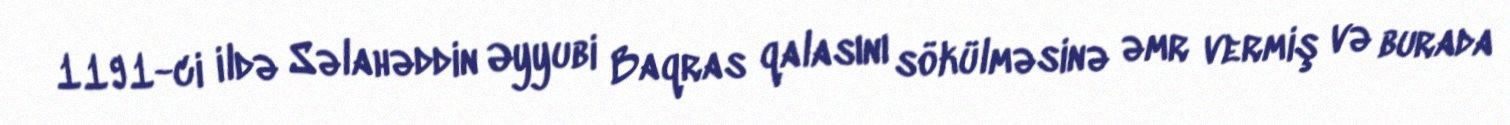
1191-ci ildə Səlahəddin Əyyubi Baqras qalasını sökülməsinə əmr vermiş və burada